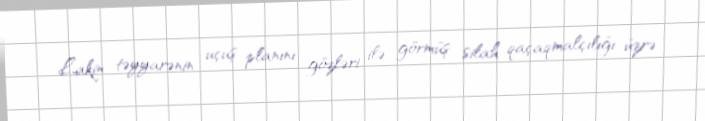
Lakin təyyarənin uçuş planını gözləri ilə görmüş silah qaçaqmalçılığı üzrə